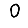
Digit: 0